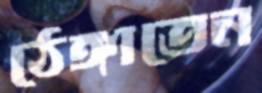
ঠেঙ্গাতেন